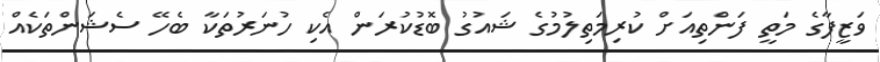
ވަޒީފާގެ މަތީ ފަންތިއަށް ކުރިމަތިލުމުގެ ޝައުގު ބޮޑުކުރަން އެކި ހުނަރުތަކާ ބެހޭ ސެޝަންތަކެއް